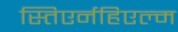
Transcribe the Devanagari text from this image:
स्तिएर्नहिएल्म